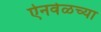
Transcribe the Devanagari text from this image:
ऐनवेळच्या